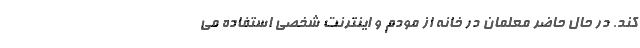
کند. در حال حاضر معلمان در خانه از مودم و اینترنت شخصی استفاده می